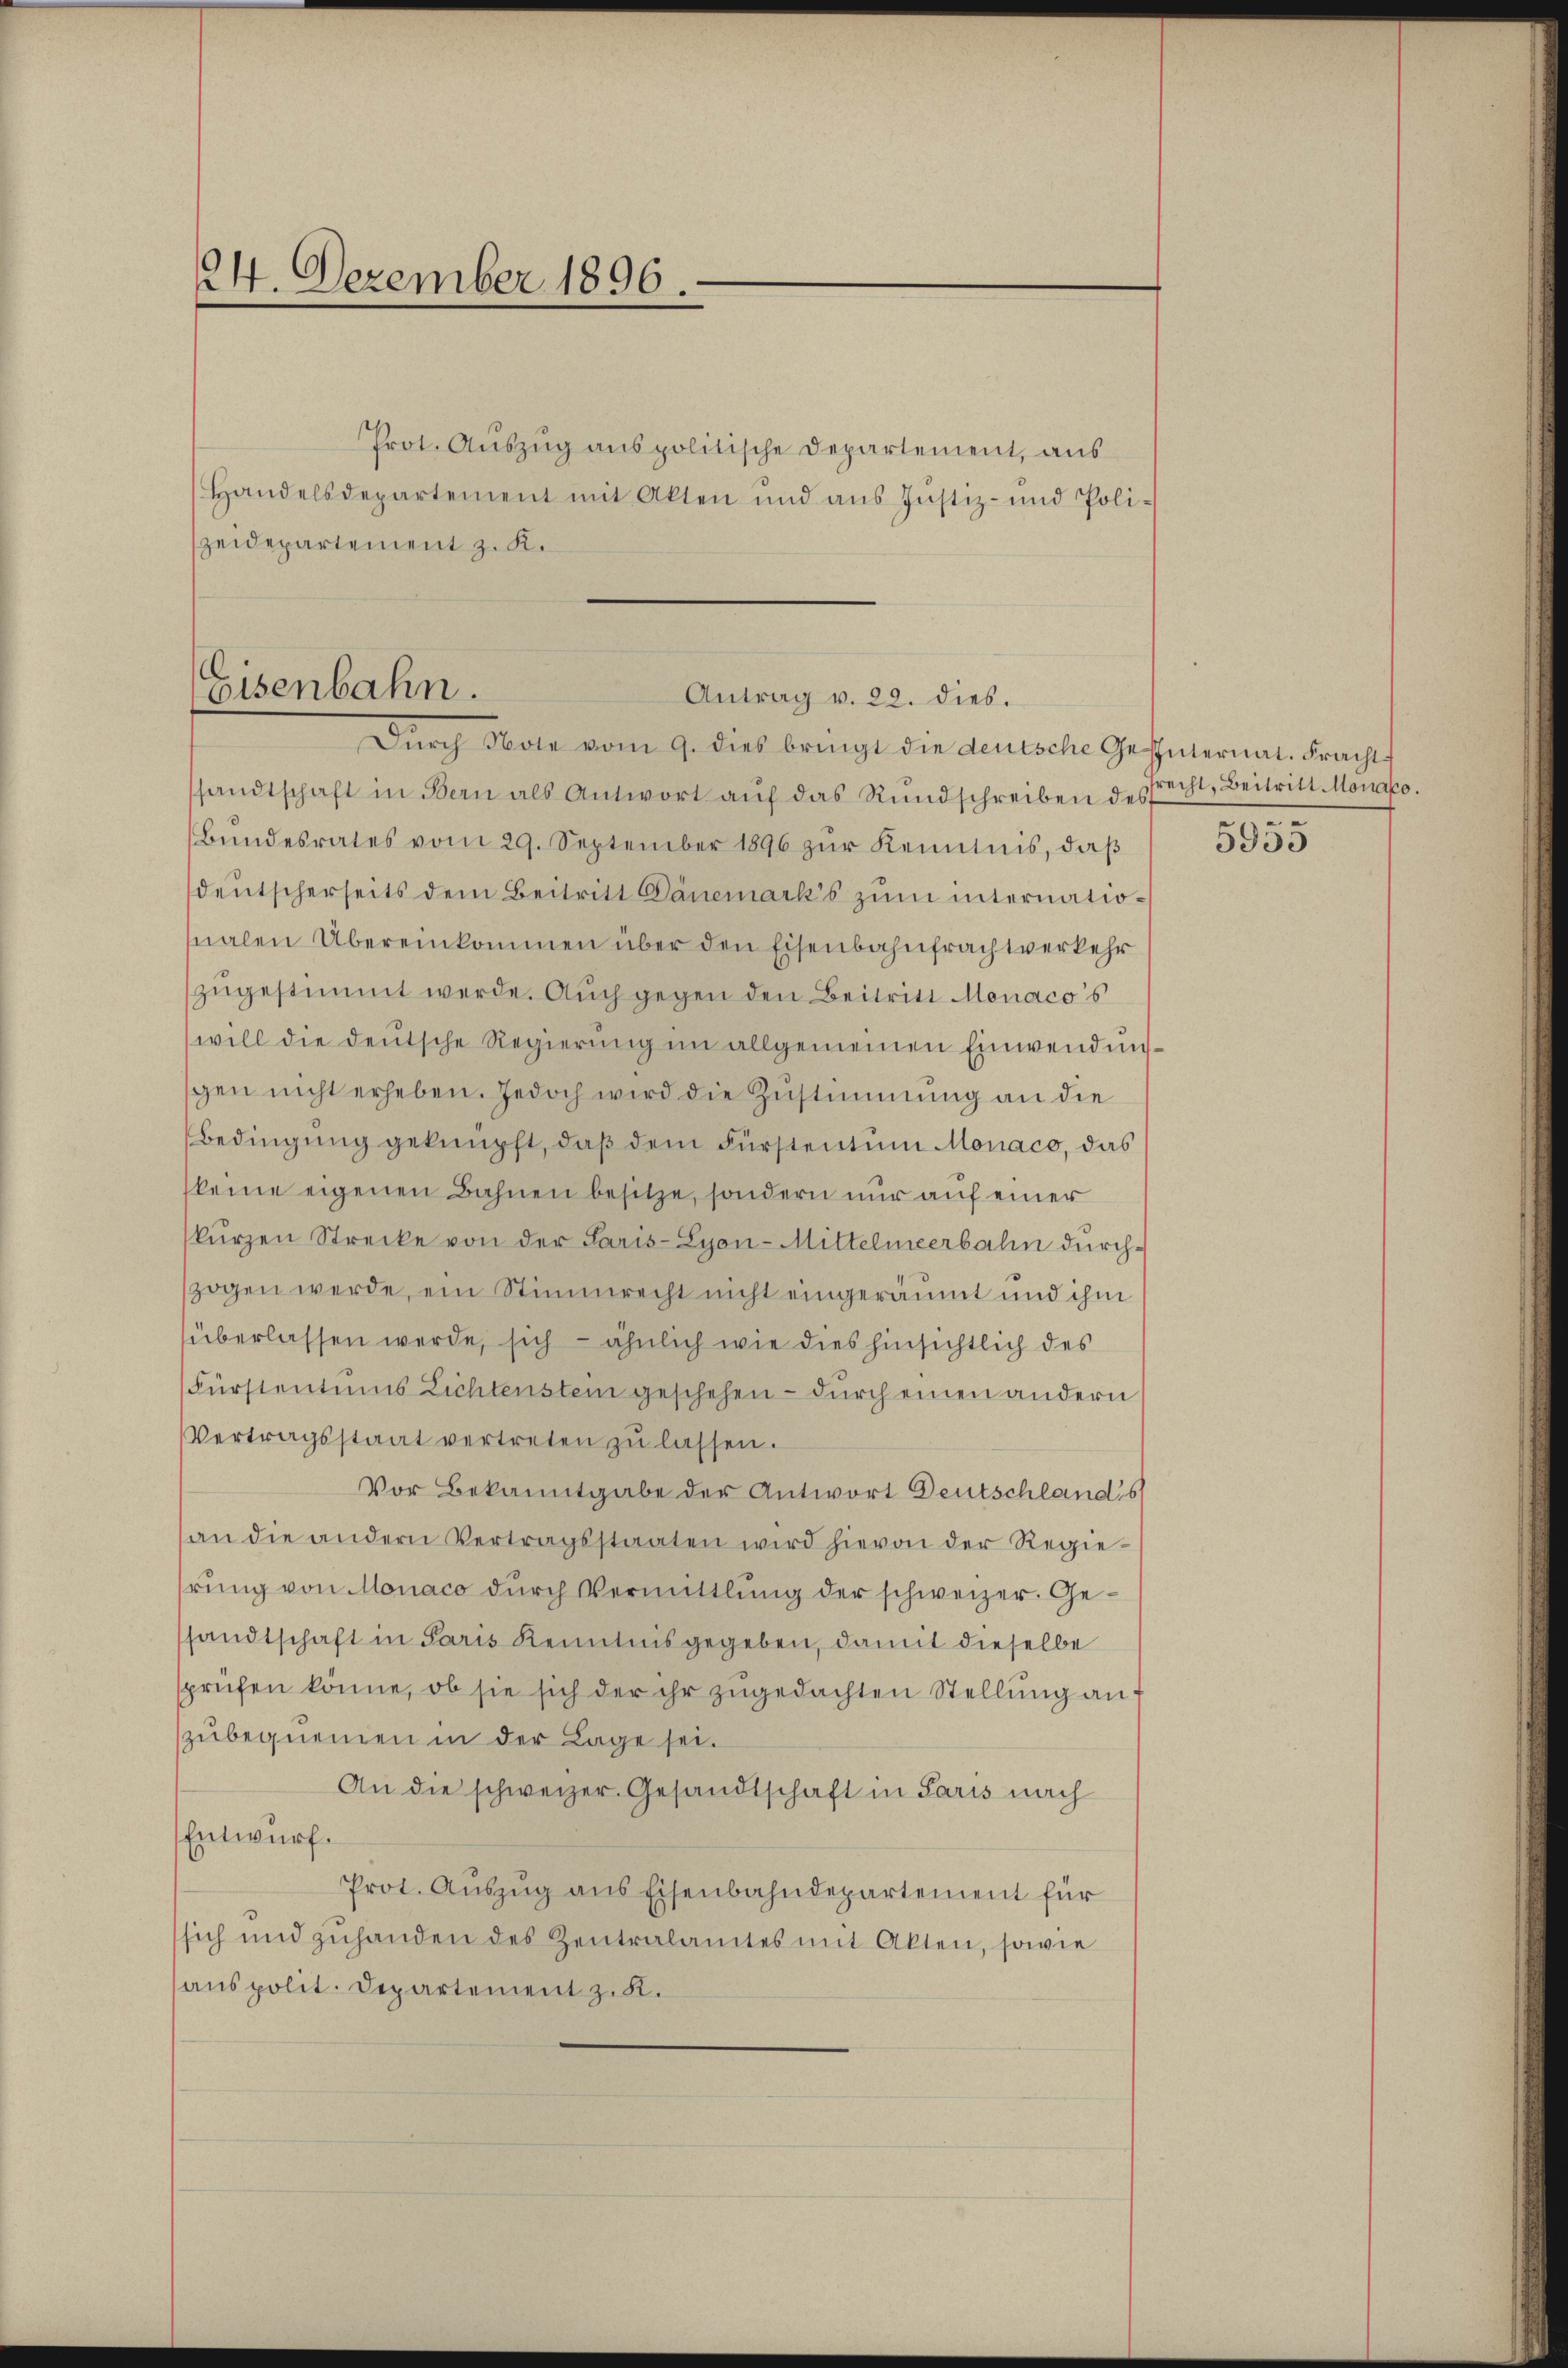
24. Dezember 1896.

Prot. Aŭszŭg anspolitische Departement, aus
Handelsdepartement mit Akten und ans Justiz- und Poli-
zeidepartement z. K.

sandtschaft in Bern als Antwort aŭf das Rŭndschreiben des
Bŭndesrates vom 29. September 1896 zŭr Kenntnis, daβ
deutscherseits dem Beitritt Dänemark’s zum internationalen Übereinkommen über den Eisenbahnfrachtverkehr
zŭgestimmt werde. Auch gegen den Beitritt Monaco's
will die deutsche Regierung im allgemeinen Einwendung
gen nicht erheben. Jedoch wird die Zustimmung an die
Bedingung geknüpft, daß dem Fürstentum Monaco, das
keine eigenen Bahnen besitze, sondern nur auf einer
kurzen Strecke von der Paris-Lyon-Mittelmeerbahn durch-
zogen werde, ein Stimmrecht nicht eingeräumt und ihm
überlassen werde, sich — ähnlich wie dies hinsichtlich des
Fürstentums Lichtenstein geschehen – durch einen andern
Vertragsstaat vertreten zŭ lassen.
Vor Bekanntgabe der Antwort Deutschland's
an die andern Vertragsstaaten wird hievon der Regierŭng von Monaco durch Vermittlung der schweizer. Gesandtschaft in Paris Kenntnis gegeben, damit dieselbe
sprüfen könne, ob sie sich der ihr zŭgedachten Stellŭng anf
zubequemen in der Lage sei.
An die schweizer. Gesandtschaft in Paris nach
Entwurf.
Prot. Aŭszŭg ans Eisenbahndepartement für
sich und zuhanden des Zentralamtes mit Akten, sowie
anspolit. Departement z. B.

Eisenbahn.
Antrag v. 22. dies.
Dŭrch Note vom 9. dies bringt die deutsche Geschülernat. Fracht

recht, Beitritt Monato.
.

5955